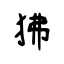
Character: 狒